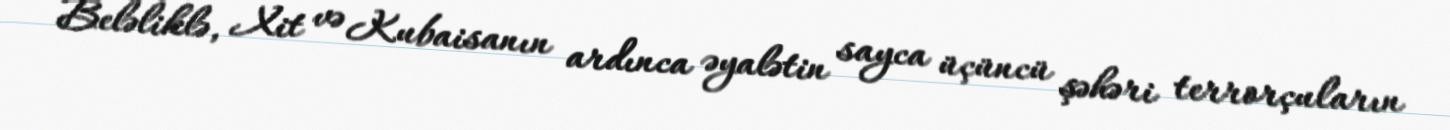
Beləliklə, Xit və Kubaisanın ardınca əyalətin sayca üçüncü şəhəri terrorçuların